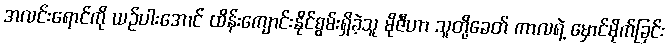
အလင်းရောင်ကို ယဉ်ပါးအောင် ထိန်းကျောင်းနိုင်စွမ်းရှိခဲ့သူ မိုဇီဟာ သူတို့ခေတ် ကာလရဲ့ မှောင်မိုက်ခြင်း